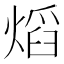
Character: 熖